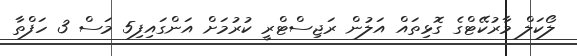
ލޯކަލް މާރުކޭޓްގެ ގޮޅިތައް އަލުން ރަޖިސްޓްރީ ކުރުމަށް އަންގައިފި5 މަސް 3 ހަފްތާ